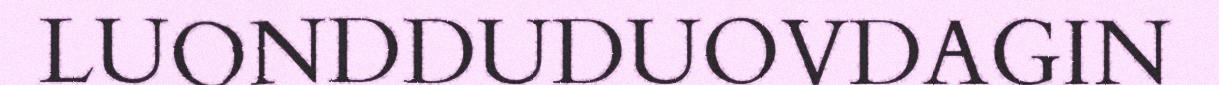
LUONDDUDUOVDAGIN